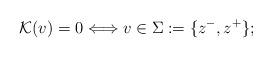
LaTeX: \begin{align*}\mathcal{K}({v})=0\Longleftrightarrow {v}\in\Sigma:=\{z^-,z^+\};\end{align*}